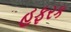
હફરક